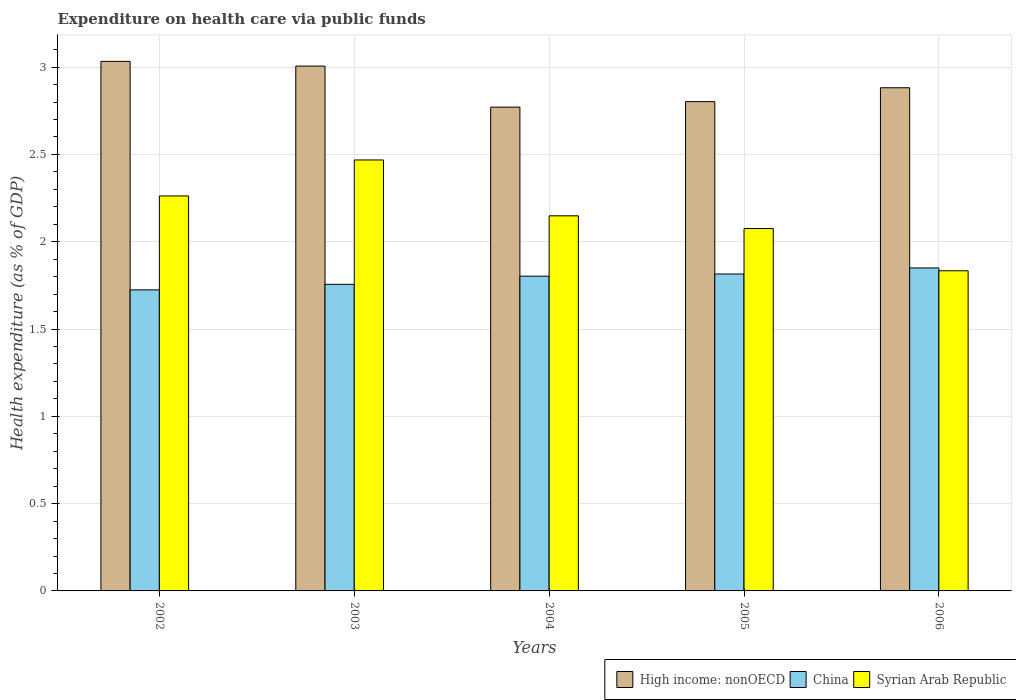
| Years | High income: nonOECD | China | Syrian Arab Republic |
 | --- | --- | --- | --- |
 | 2002 | 3.03 | 1.72 | 2.26 |
 | 2003 | 3.01 | 1.76 | 2.47 |
 | 2004 | 2.77 | 1.8 | 2.15 |
 | 2005 | 2.8 | 1.82 | 2.08 |
 | 2006 | 2.88 | 1.85 | 1.83 |